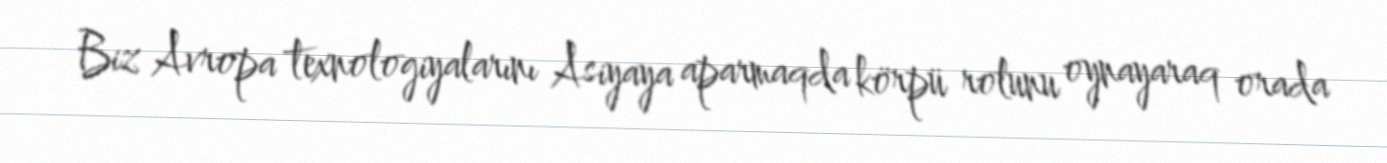
Biz Avropa texnologiyalarını Asiyaya aparmaqda körpü rolunu oynayaraq orada